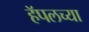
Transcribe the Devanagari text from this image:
हॅपलच्या